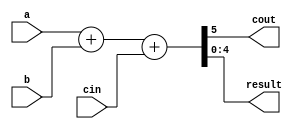
module adder (
input [3:0] a,b ,
input cin ,
output cout, 
output [4:0] result
);

    assign {cout, result} = a + b + cin ;

endmodule